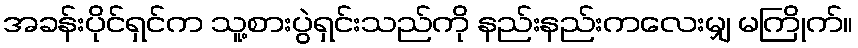
အခန်းပိုင်ရှင်က သူ့စားပွဲရှင်းသည်ကို နည်းနည်းကလေးမျှ မကြိုက်။